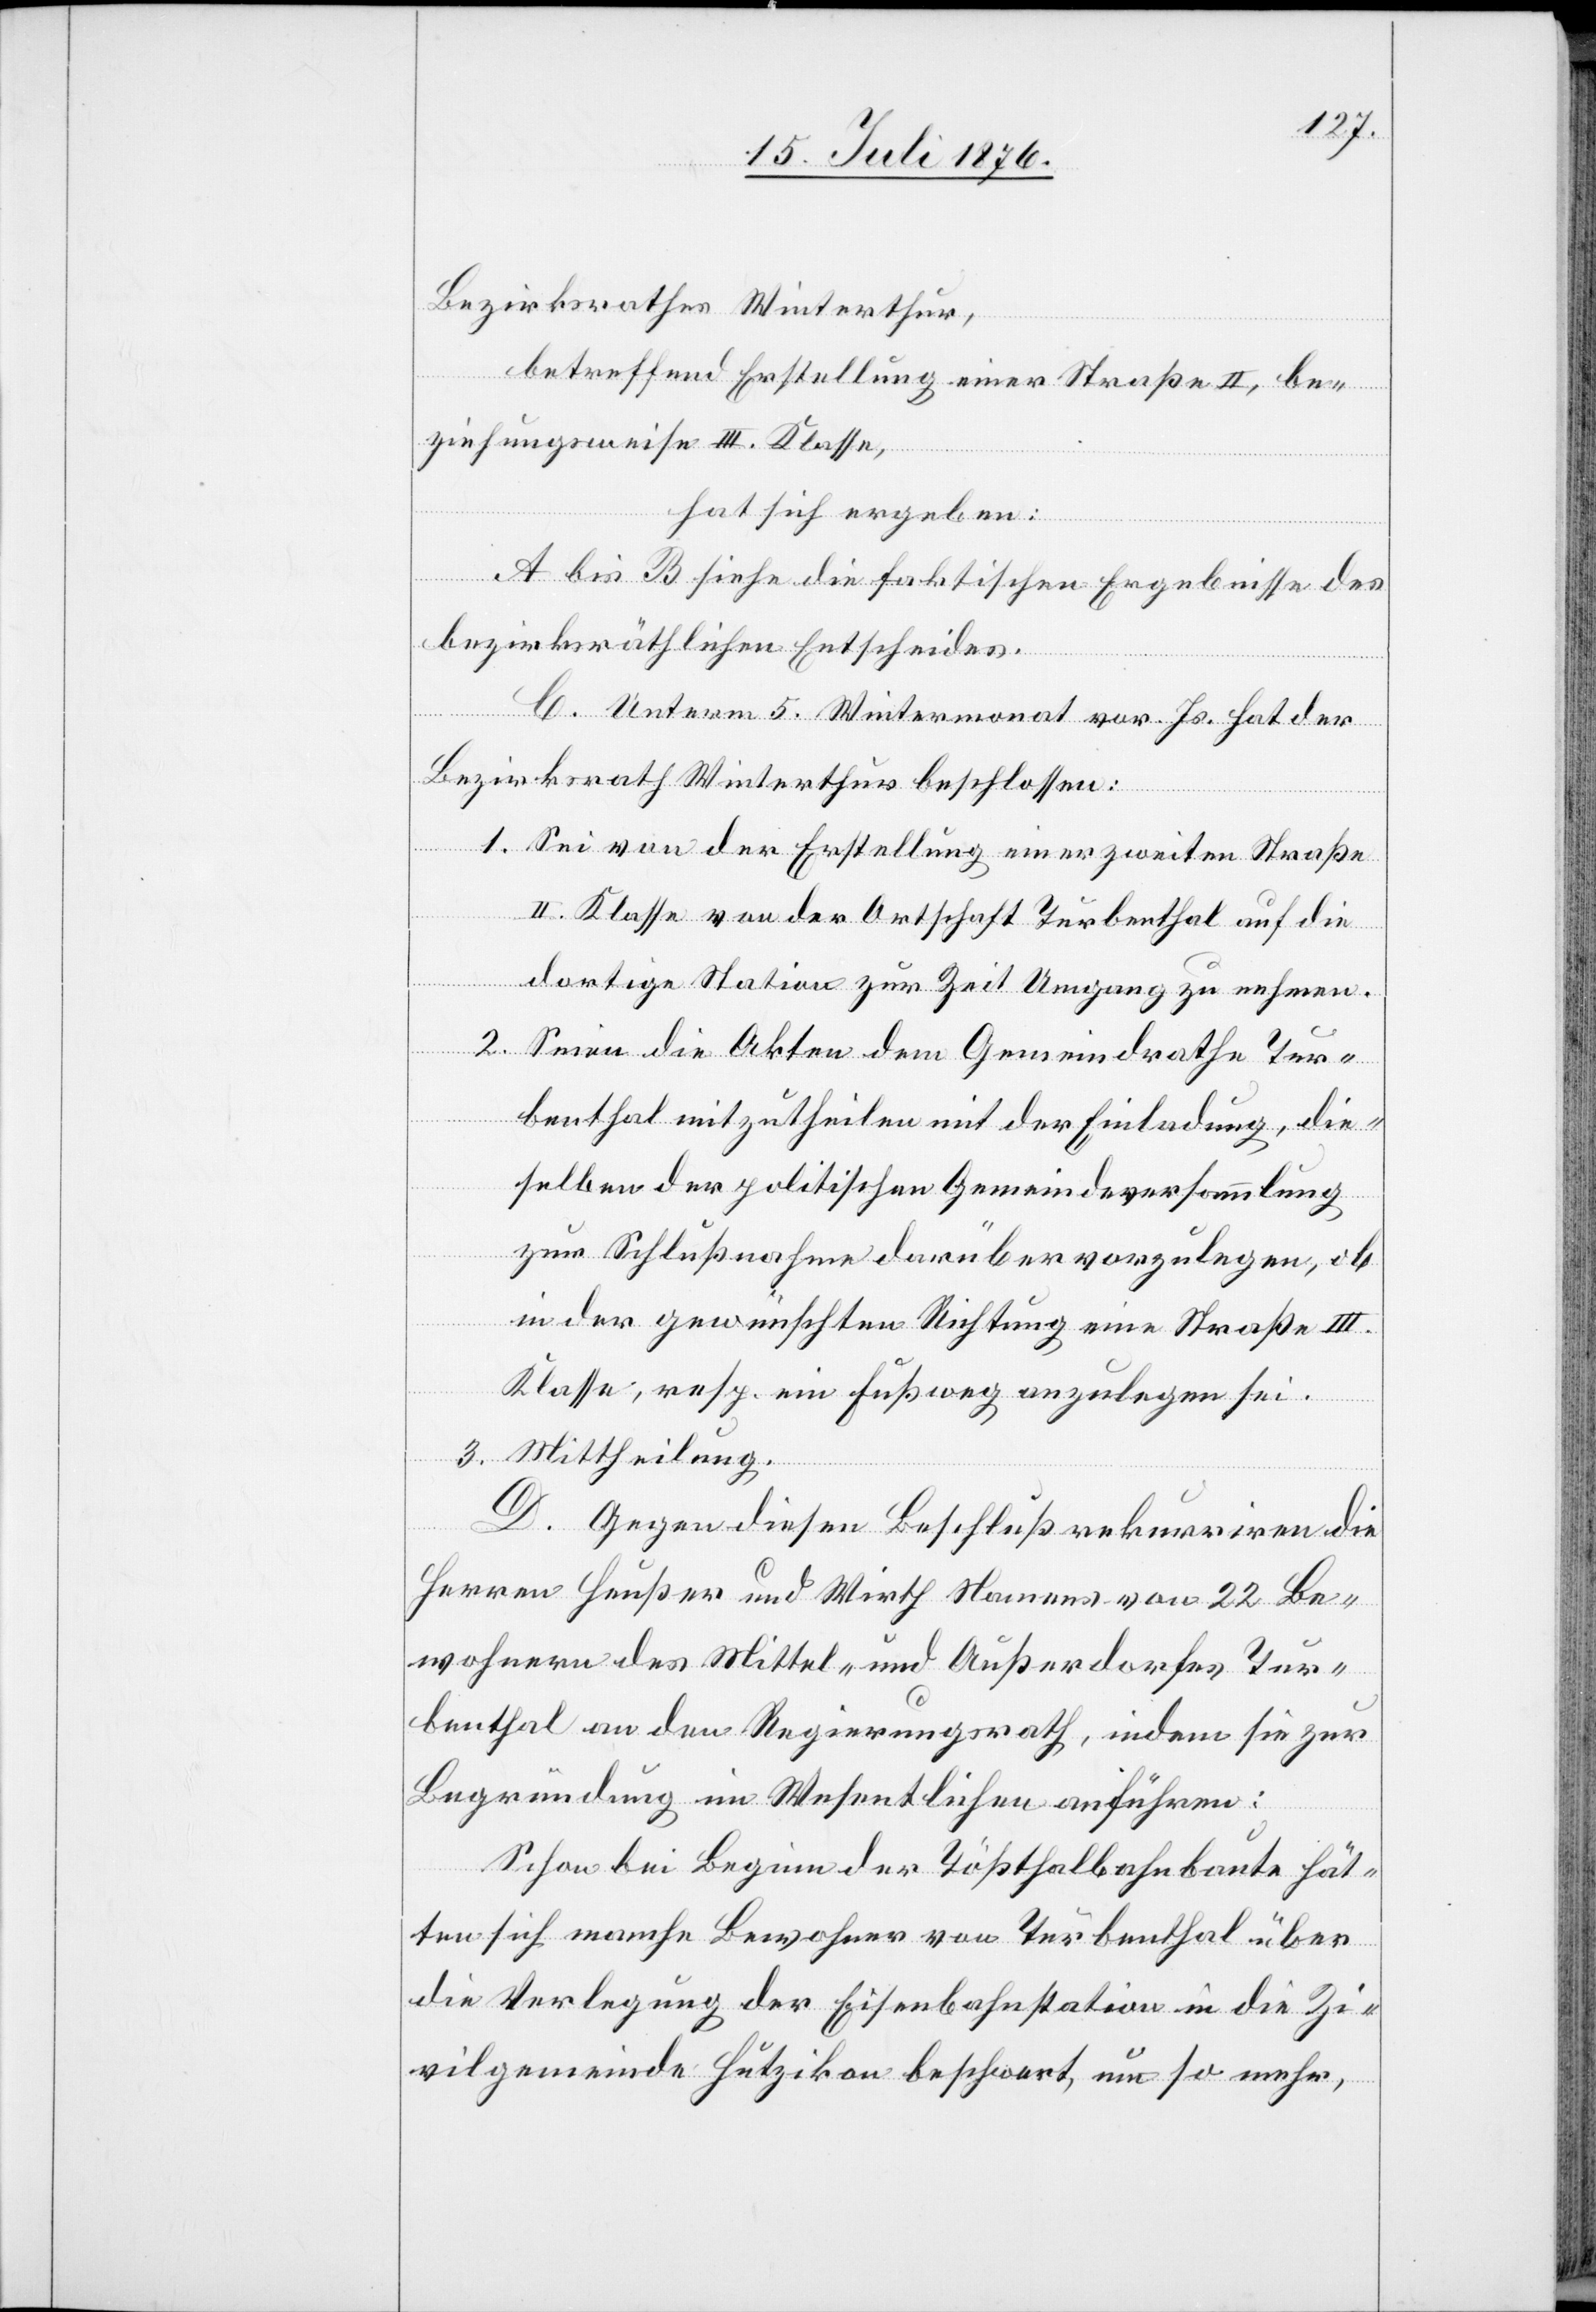
Bezirksrathes Winterthur,
betreffend Erstellung einer Straße II, be¬
ziehungsweise III. Klasse,
hat sich ergeben:
A bis B siehe die faktischen Ergebnisse des
bezirksräthlichen Entscheides.
C. Unterm 5. Wintermonat vor. Js. hat der
Bezirksrath Winterthur beschlossen:
1 Sei von der Erstellung einer zweiten Straße
II. Klasse von der Ortschaft Turbenthal auf die
dortige Station zur Zeit Umgang zu nehmen.
2. Seien die Akten dem Gemeindrathe Tur¬
benthal mitzutheilen mit der Einladung, die¬
selben der politischen Gemeindeversammlung
zur Schlußnahme darüber vorzulegen, ob
in der gewünschten Richtung eine Straße III.
Klasse, resp. ein Fußweg anzulegen sei.
3. Mittheilung.
D. Gegen diesen Beschluß rekurriren die
Herren Heußer und Wirth Namens von 22 Be¬
wohnern des Mittel- und Außerdorfes Tur¬
benthal an den Regierungsrath, indem sie zur
Begründung im Wesentlichen anführen:
Schon bei Beginn der Tößthalbahnbaute hät¬
ten sich manche Bewohner von Turbenthal über
die Verlegung der Eisenbahnstation in die Zi¬
vilgemeinde Hutzikon beschwert, um so mehr,